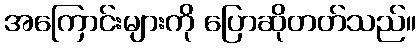
အကြောင်းများကို ပြောဆိုတတ်သည်။